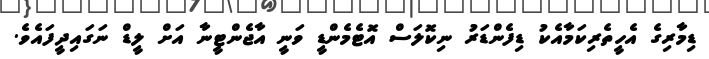
ޑިމާރިގެ އެހީތެރިކަމާއެކު ޑިފެންޑަރު ނިކޮލަސް އޮޓެމެންޑީ ވަނީ އާޖެންޓީނާ އަށް ލީޑް ނަގައިދީފައެވެ.